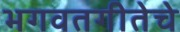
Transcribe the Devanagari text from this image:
भगवतगीतेचे